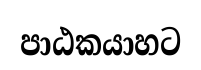
පාඨකයාහට